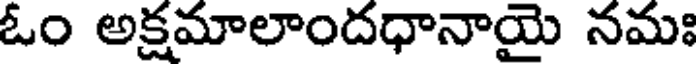
ఓం అక్షమాలాందధానాయై నమః